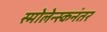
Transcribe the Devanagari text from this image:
स्मोलेन्स्कनंतर